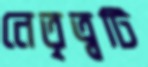
নেতৃত্বটি